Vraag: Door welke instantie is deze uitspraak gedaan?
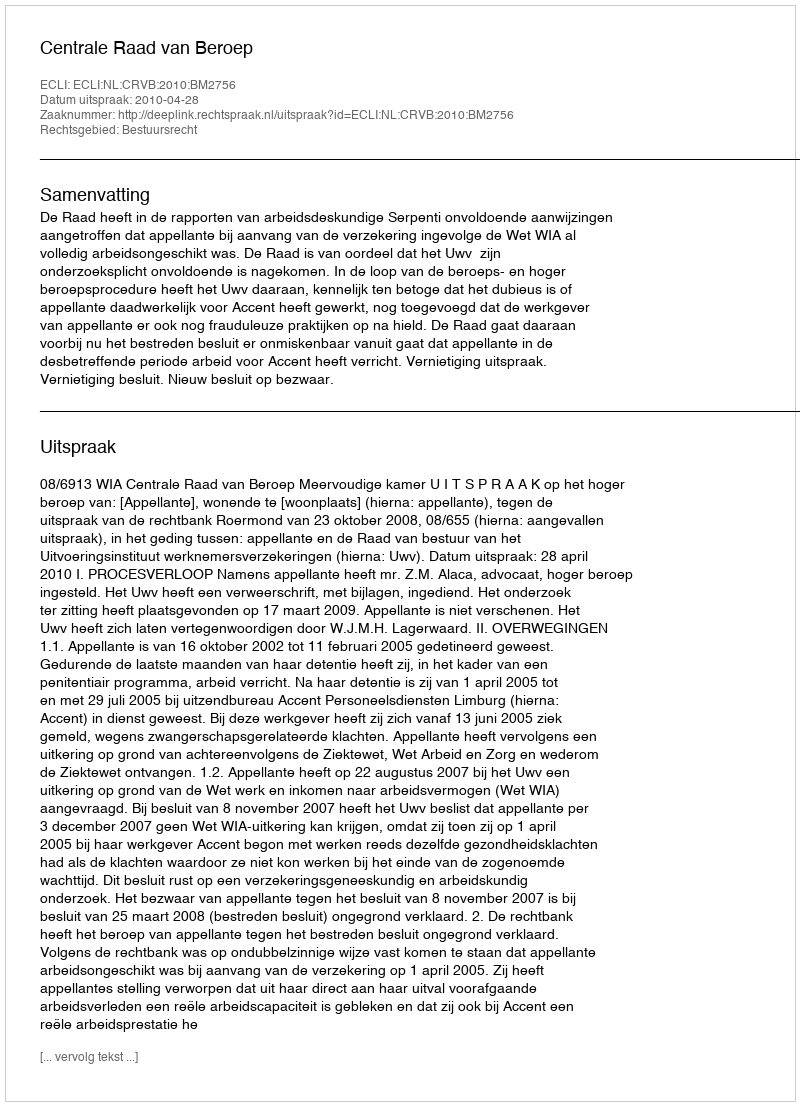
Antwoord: Centrale Raad van Beroep